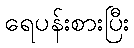
ရေပန်းစားပြီး